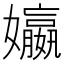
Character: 㜲